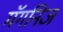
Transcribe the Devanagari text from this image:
मॅगनिज